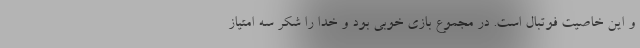
و این خاصیت فوتبال است. در مجموع بازی خوبی بود و خدا را شکر سه امتیاز